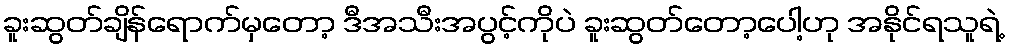
ခူးဆွတ်ချိန်ရောက်မှတော့ ဒီအသီးအပွင့်ကိုပဲ ခူးဆွတ်တော့ပေါ့ဟု အနိုင်ရသူရဲ့